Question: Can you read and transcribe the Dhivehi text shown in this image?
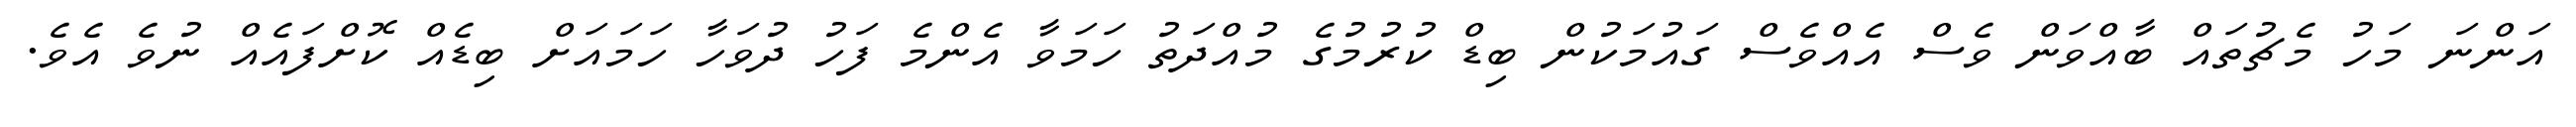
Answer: އަންނަ މަހު މެޗުތައް ބާއްވަން ވެސް އެއްވެސް ގައުމަކުން ބިޑް ކުރުމުގެ މުއްދަތު ހަމަވާ އެންމެ ފަހު ދުވަހާ ހަމައަށް ބިޑެއް ކޮށްފައެއް ނުވެ އެވެ.